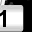
Digit: 1